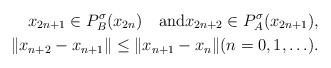
\begin{align*}x_{2n+1}\in P_B^{\sigma}(x_{2n})\quad\mbox{and}x_{2n+2}\in P_A^{\sigma}(x_{2n+1}),\\\|x_{n+2}-x_{n+1}\|\le\|x_{n+1}-x_{n}\|(n=0,1,\ldots).\end{align*}